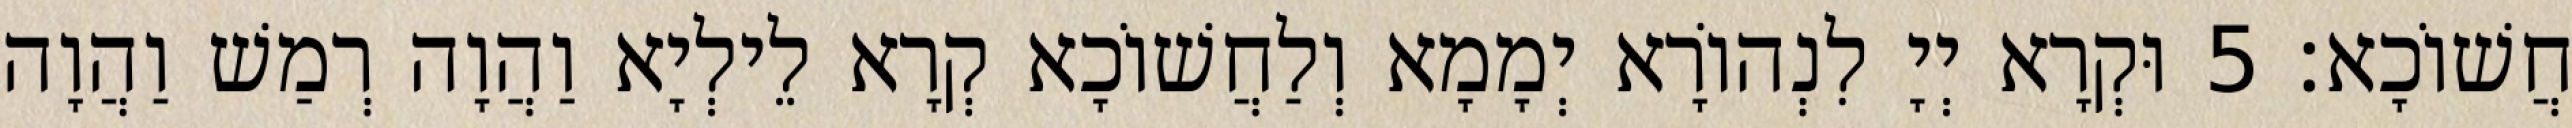
חֲשׁוֹכָא׃ 5 וּקְרָא יְיָ לִנְהוֹרָא יְמָמָא וְלַחֲשׁוֹכָא קְרָא לֵילְיָא וַהֲוָה רְמַשׁ וַהֲוָה